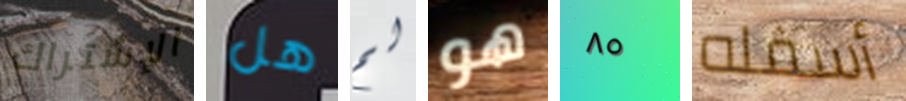
الإشتراك هل لم هو ٨٥ أسفله